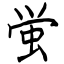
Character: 蛍